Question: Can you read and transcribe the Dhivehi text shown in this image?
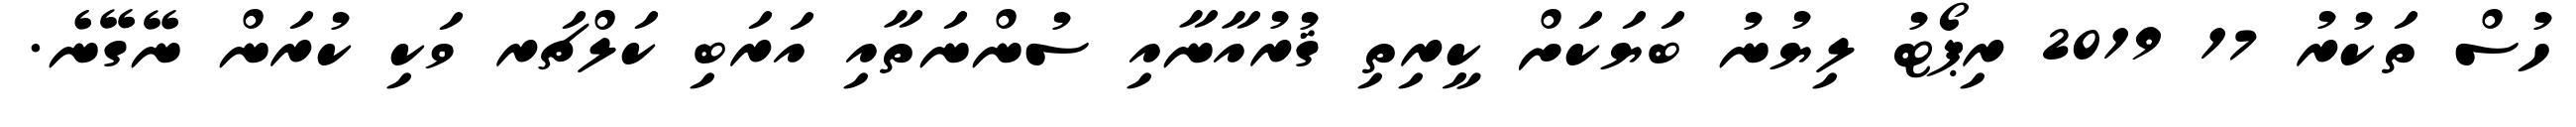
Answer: ހުސް ތަކުރު 17 2019 ރިޕޯޓު ލިޔުނު ބަޔަކަށް ކީރިތި ޤުރުއާނާއި ސުންނަތާއި އަރަބި ކަލްޗަރ ވަކި ކުރަން ނޭގޭނެ.